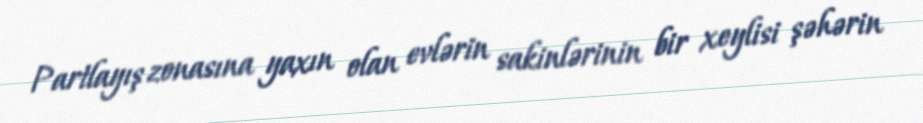
Partlayış zonasına yaxın olan evlərin sakinlərinin bir xeylisi şəhərin